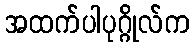
အထက်ပါပုဂ္ဂိုလ်က